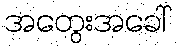
အတွေးအခေါ်